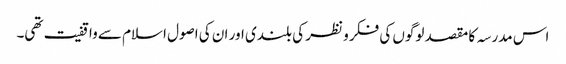
اس مدرسہ کا مقصد لوگوں کی فکر و نظر کی بلندی اور ان کی اصول اسلام سے واقفیت تھی۔